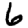
Digit: 6